Indian journal of veterinary science and animal husbandry - Volume 4,
Year: 1934
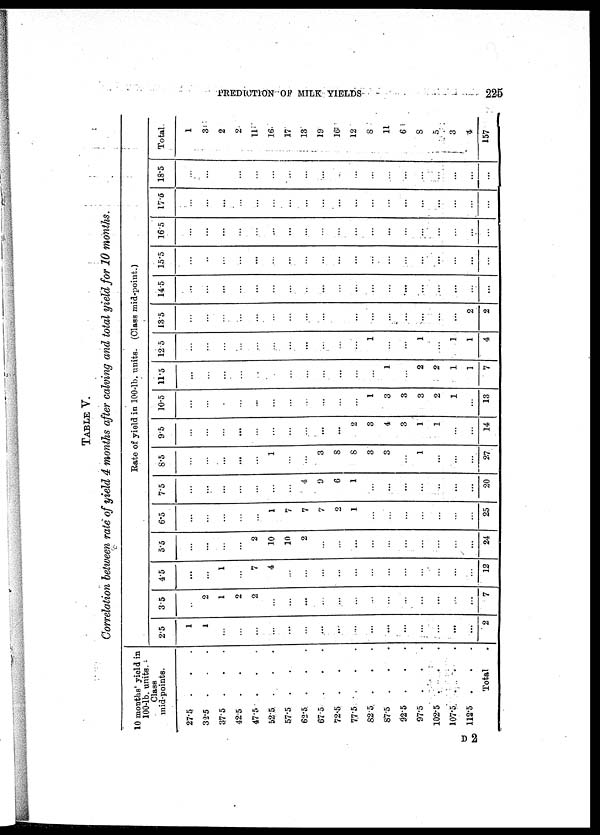
PREDICTION OF MILK YIELDS
225
TABLE V.
Correlation between rate of yield 4 months after calving and total yield for 10 months.
10 months' yield in
100-lb.units.
Class
mid-points.
27.5 . . .
32.5 . . .
37.5 . . .
42.5 . . .
47.5 . . .
52.5 . . .
57.5 . . .
62.5 . . .
67.5 . . .
72.5 . . .
77.5 . . .
82.5 . . .
87.5 . . .
92.5 . . .
97.5 . . .
102.5 . . .
107.5 . . .
112.5 . . .
Total .
Rate of yield in 100-lb. units. (Class mid-point.)
2.5
1
1
...
...
...
......
......
...
...
.....
...
...
...
...
...
...
...
...
2
3.5
...
2
1
2
2
...
...
...
...
...
...
...
...
...
...
...
...
...
7
4.5
...
...
1
...
7
4
...
...
...
...
...
...
...
...
...
...
...
...
12
5.5
...
...
...
...
2
10
10
2
...
...
...
...
...
...
...
...
...
...
24
6.5
...
...
...
...
...
1
7
7
7
2
1
...
...
...
...
...
...
...
25
7.5
...
...
...
...
...
...
...
4
9
6
1
...
...
...
...
...
...
...
20
8.5
...
...
...
...
...
1
...
...
3
8
8
3
3
...
1
...
...
...
27
9.5
...
...
...
...
...
...
...
...
...
...
2
3
4
3
1
1
...
...
14
10.5
...
...
...
...
...
...
...
...
...
...
...
1
3
3
3
2
1
...
13
11.5
...
...
...
...
...
...
...
...
...
...
...
...
1
...
2
2
1
1
7
12.5
...
...
...
...
...
...
...
...
...
...
...
1
...
...
1
...
1
1
4
13.5
...
...
...
...
...
...
...
...
...
...
...
...
...
...
...
...
...
2
2
14.5
...
...
...
...
...
...
...
...
...
...
...
...
...
....
...
...
...
...
...
15.5
...
...
...
...
...
...
...
...
...
...
...
...
...
...
...
...
...
...
...
16.5
...
...
...
...
...
...
...
...
...
...
...
...
...
...
...
...
...
...
...
17.5
...
...
...
...
...
...
...
...
...
...
...
...
...
...
...
...
...
...
...
18.5
...
...
...
...
...
...
...
...
...
...
...
...
...
...
...
...
...
...
...
Total.
1
3
2
2
11
16
17
13
19
16
12
8
11
6
8
5
3
4
157
D 2